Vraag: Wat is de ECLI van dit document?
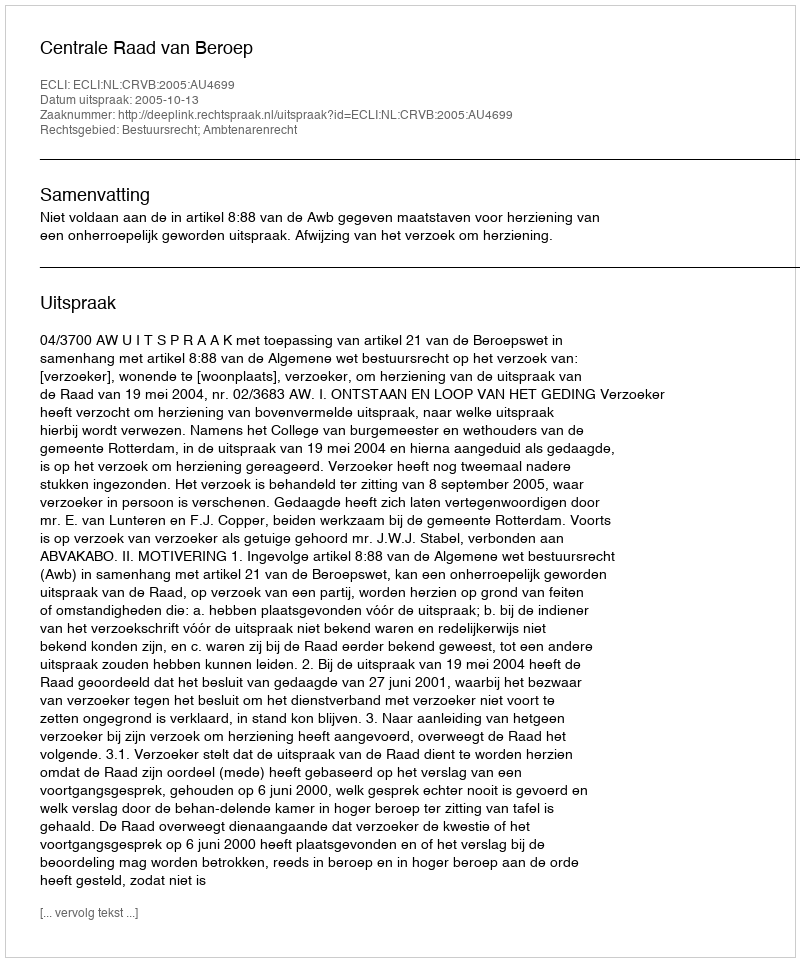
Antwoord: ECLI:NL:CRVB:2005:AU4699